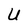
Character: U